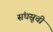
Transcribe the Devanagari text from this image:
संघसूची